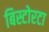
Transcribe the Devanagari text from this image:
बिस्टोरटा